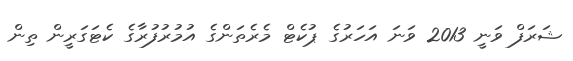
ޝަރަފް ވަނީ 2013 ވަނަ އަހަރުގެ ޕުކެޓް މެރެތަންގެ އުމުރުފުރާގެ ކެޓަގަރީން ތިން